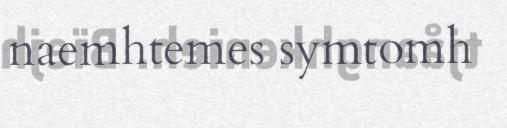
naemhtemes symtomh